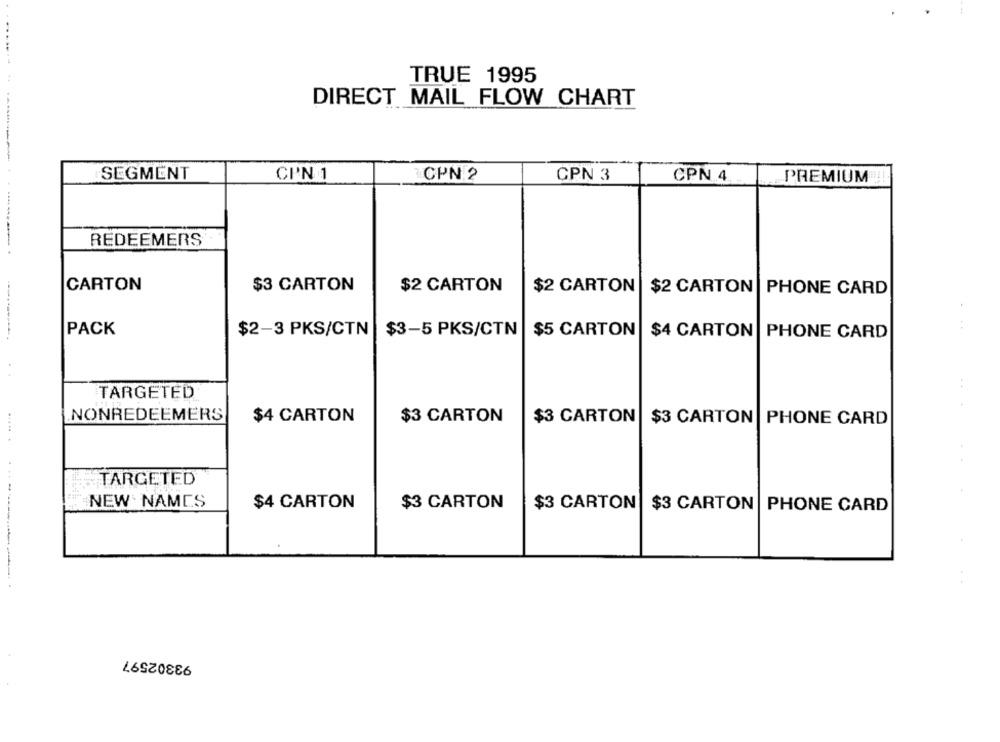
TRUE 1995
DIRECT MAIL FLOW CHART
SEGMENT
CP'N 1
CPN 2
CPN 3
CPN 4
PREMIUM
REDEEMERS
CARTON
$3 CARTON
$2 CARTON
$2 CARTON | $2 CARTON | PHONE CARD
PACK
$2-3 PKS/CTN
$3-5 PKS/CTN
$5 CARTON $4 CARTON | PHONE CARD
TARGETED
NONREDEEMERS
$4 CARTON
$3 CARTON
$3 CARTON
$3 CARTON PHONE CARD
TARGETED
NEW NAMES
$4 CARTON
$3 CARTON
$3 CARTON $3 CARTON |PHONE CARD
..... . ...---------..
93302597